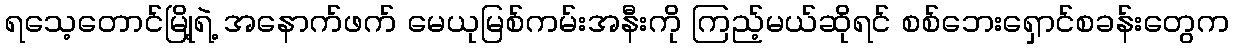
ရသေ့တောင်မြို့ရဲ့ အနောက်ဖက် မေယုမြစ်ကမ်းအနီးကို ကြည့်မယ်ဆိုရင် စစ်ဘေးရှောင်စခန်းတွေက